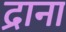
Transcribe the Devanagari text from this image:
द्राना